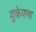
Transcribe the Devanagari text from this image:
मुकेपणा